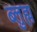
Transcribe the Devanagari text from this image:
ब्लुह्म